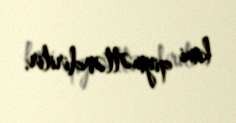
kimi qiymətləndirilir.